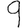
Digit: 9